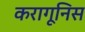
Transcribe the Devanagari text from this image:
करागूनिस